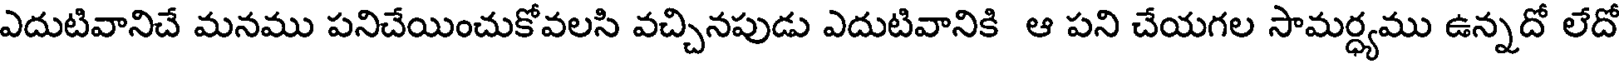
ఎదుటివానిచే మనము పనిచేయించుకోవలసి వచ్చినపుడు ఎదుటివానికి ఆ పని చేయగల సామర్ధ్యము ఉన్నదో లేదో